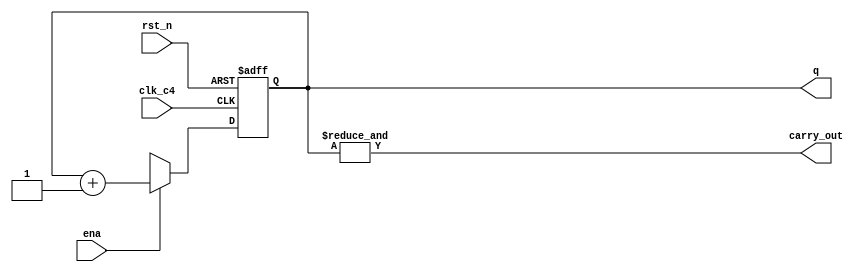
module counter4 (
	input clk_c4,
	input ena,
	input rst_n,
	output carry_out,
	output reg [3:0]q
);

always @(posedge clk_c4 or negedge rst_n) 
begin : proc_
	if(~rst_n)
		begin
			q <= 'b0000;
		end
	else
		if(ena)
			begin
				q <= q + 1;
			end
		else
			begin
				q <= 'bx;
			end
end  //proc_

assign carry_out = &q;

endmodule